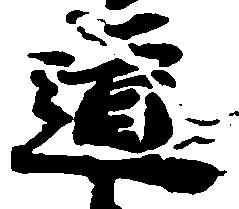
道